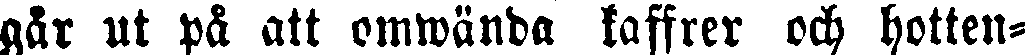
går ut på att omwända kaffrer och hotten-